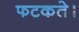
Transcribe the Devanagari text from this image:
फटकते।